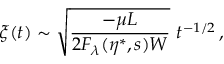
\xi ( t ) \sim \sqrt { \frac { - \mu L } { 2 F _ { \lambda } ( \eta ^ { \ast } , s ) W } } \ t ^ { - 1 / 2 } \, ,